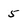
Character: 5